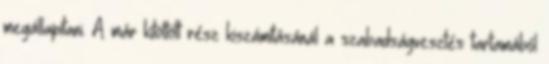
megállapítani. A már kitöltött rész kiszámításánál a szabadságvesztés tartamából